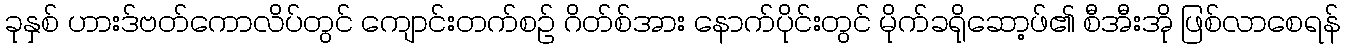
ခုနှစ် ဟားဒ်ဗတ်ကောလိပ်တွင် ကျောင်းတက်စဉ် ဂိတ်စ်အား နောက်ပိုင်းတွင် မိုက်ခရိုဆော့ဖ်၏ စီအီးအို ဖြစ်လာစေရန်